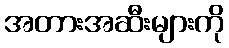
အတားအဆီးများကို